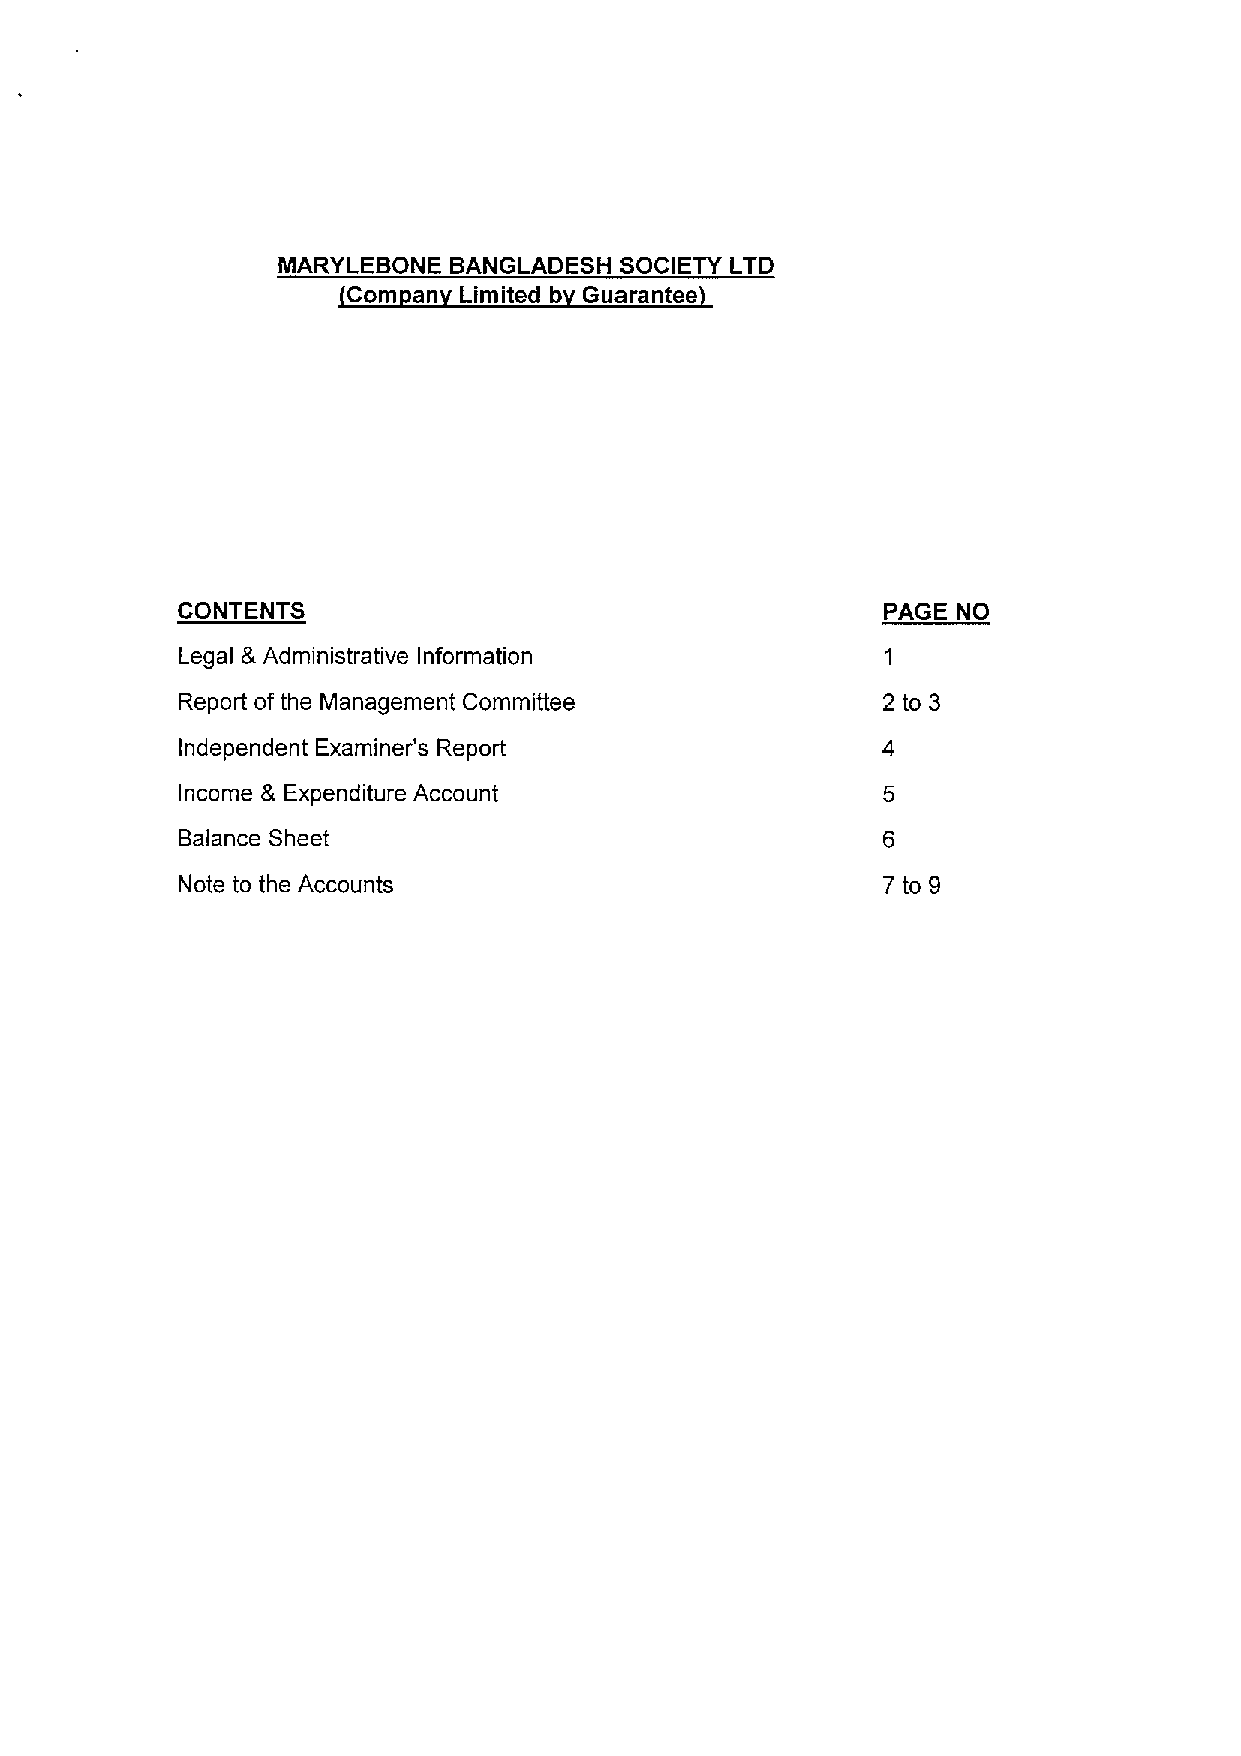
NIARYLEBONE BANGLADESH SOCIETY LTD
 Com an Limited b Guarantee
 CONTENTS                                      PAGE NO
 Legal &Administrative Information
 Report ofthe Management Committee             2 to 3
 Independent Examiner's Report
 Income & Expenditure Account
 Balance Sheet
 Note to the Accounts                          7 to 9